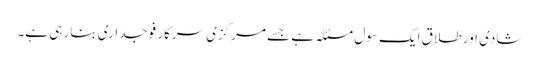
شادی اور طلاق ایک سول مسئلہ ہے جسے مرکزی سرکار فوجداری بنا رہی ہے۔